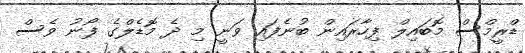
ޑްރީމްސް މޮބައިލް ފިހާރައިން ބުނެފައި ވަނީ މި ދެ މޮޑެލްގެ ފޯނު ވެސް